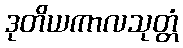
ဒုတိယကာလသုတ္တံ